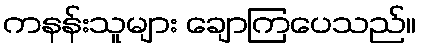
ကနန်းသူများ ချောကြပေသည်။